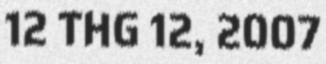
12 THG 12, 2007